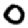
Digit: 0